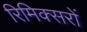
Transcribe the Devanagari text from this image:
रिमिक्सरों